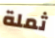
ثملة